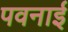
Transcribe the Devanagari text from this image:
पवनाई